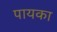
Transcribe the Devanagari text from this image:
पायका